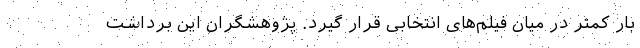
بار کمتر در میان فیلم‌های انتخابی قرار گیرد. پژوهشگران این برداشت